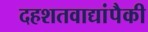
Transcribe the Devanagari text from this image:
दहशतवाद्यांपैकी